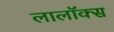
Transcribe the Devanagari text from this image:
लालॉक्स